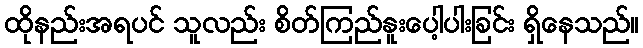
ထိုနည်းအရပင် သူလည်း စိတ်ကြည်နူးပေါ့ပါးခြင်း ရှိနေသည်။